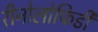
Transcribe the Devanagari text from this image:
रीनोलोफिडी